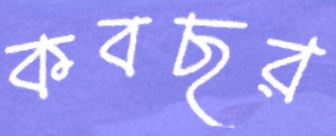
কবছর